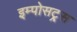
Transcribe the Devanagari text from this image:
इम्पोसट्र्स